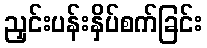
ညှင်းပန်းနှိပ်စက်ခြင်း